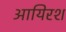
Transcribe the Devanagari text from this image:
आयिरश